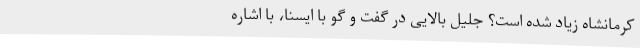
کرمانشاه زیاد شده است؟ جلیل بالایی در گفت و گو با ایسنا، با اشاره